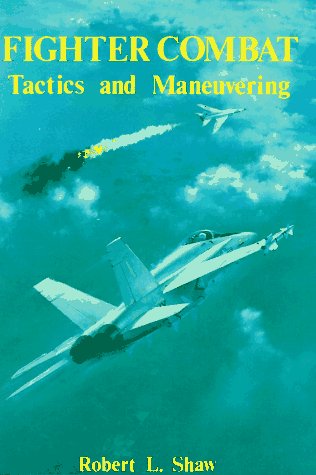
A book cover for Fighter Combat: Tactics and Maneuvering; Robert L. Shaw; History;